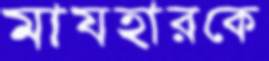
মাযহারকে